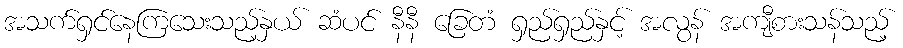
အသက်ရှင်နေကြသေးသည့်နှယ် ဆံပင် နီနီ ခြေတံ ရှည်ရှည်နှင့် အလွန် အကျီစားသန်သည့်